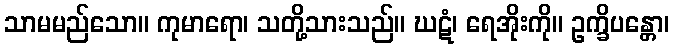
သာမမည်သော။ ကုမာရော၊ သတို့သားသည်။ ဃဋံ၊ ရေအိုးကို။ ဥက္ခိပန္တော၊